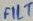
Text: FILT